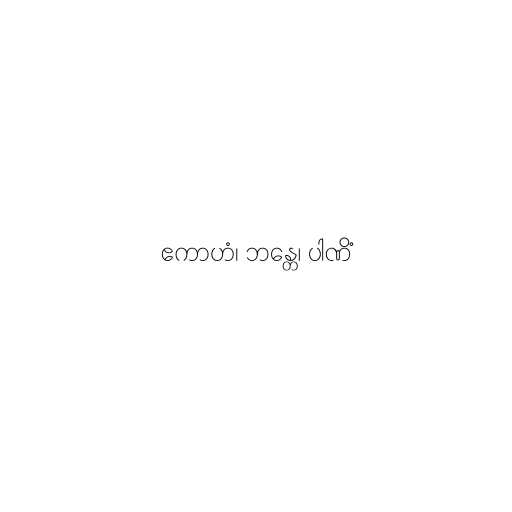
ဧကာဟံ၊ ဘန္တေ၊ ပါဏိံ